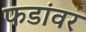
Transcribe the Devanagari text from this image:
फडांवर